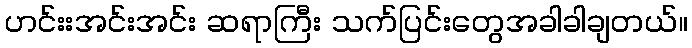
ဟင်းးအင်းအင်း ဆရာကြီး သက်ပြင်းတွေအခါခါချတယ်။